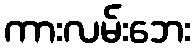
ကားလမ်းဘေး